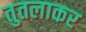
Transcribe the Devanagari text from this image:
तुतलाकर